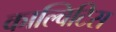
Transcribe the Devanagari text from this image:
काल्विटिस